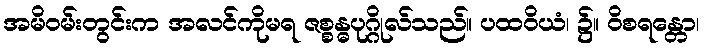
အမိဝမ်းတွင်းက အလင်ကိုမရ ဇစ္စန္ဓပုဂ္ဂိုလ်သည်။ ပထဝိယံ၊ ၌။ ဝိစရန္တော၊